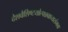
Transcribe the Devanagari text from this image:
देशवैशिष्टयोत्पन्नवाच्यसंभवा